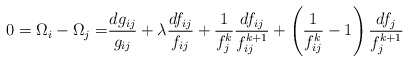
\begin{align*} {0=\Omega_i - \Omega_j =} \frac{dg_{ij}}{g_{ij}} + \lambda \frac{d f_{ij}}{f_{ij}} + \frac{1}{f_j^k} \frac{df_{ij}}{f_{ij}^{k+1}} + \left( \frac{1}{f_{ij}^k} - 1 \right) \frac{df_j}{f_j^{k+1}}\end{align*}